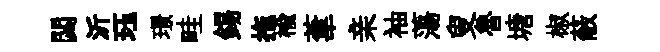
閟沂珏璟畦錫拖楡葦亲袖蕩叟魯塘椒蔽